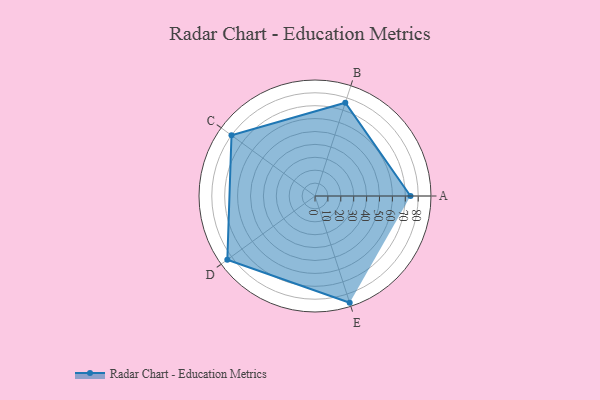
{"axis": {"x": "Skill", "y": "Score"}, "legend": ["Profile"], "data": [{"x": "A", "y": 74.0, "type": "Profile"}, {"x": "B", "y": 76.0, "type": "Profile"}, {"x": "C", "y": 80.0, "type": "Profile"}, {"x": "D", "y": 84.0, "type": "Profile"}, {"x": "E", "y": 87.0, "type": "Profile"}]}